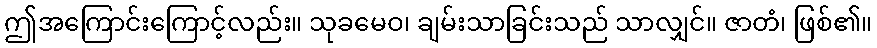
ဤအကြောင်းကြောင့်လည်း။ သုခမေဝ၊ ချမ်းသာခြင်းသည် သာလျှင်။ ဇာတံ၊ ဖြစ်၏။